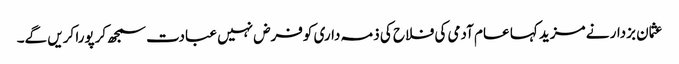
عثمان بزدار نے مزید کہا عام آدمی کی فلاح کی ذمہ داری کوفرض نہیں عبادت سمجھ کرپورا کریں گے۔